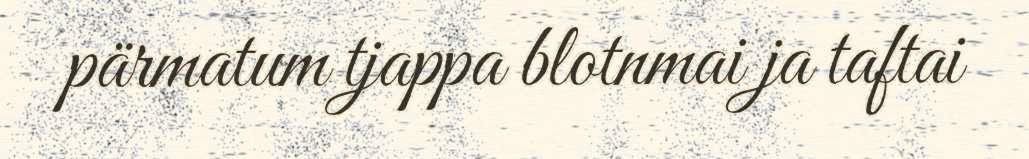
pärmatum tjappa blotnmai ja taftai